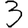
Digit: 3